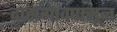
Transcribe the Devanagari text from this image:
दासगावपासून